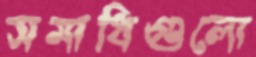
সমাধিগুলো